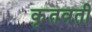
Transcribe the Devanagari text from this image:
कृतवती